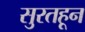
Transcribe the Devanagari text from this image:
सुरतहून